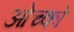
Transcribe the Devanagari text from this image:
ओच्को